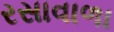
રસાવાળા